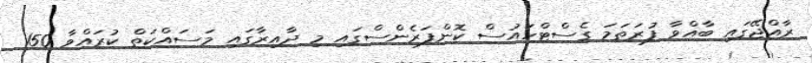
ރާއްޖޭގައި ބާއްވާ ފުރަތަމަ ގެސްޓްހައުސް ކޮންފަރެންސްގައި މި ދާއިރާގައި މަސައްކަތް ކުރައްވާ 150